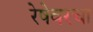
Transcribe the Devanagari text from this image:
रेषेवरचा